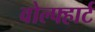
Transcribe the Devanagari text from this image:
वोल्फ्हार्ट